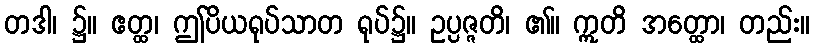
တဒါ၊ ၌။ ဧတ္ထ၊ ဤပိယရုပ်သာတ ရုပ်၌။ ဥပ္ပဇ္ဇတိ၊ ၏။ ဣတိ အတ္ထော၊ တည်း။